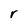
Character: r